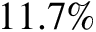
1 1 . 7 \%